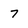
Character: 7